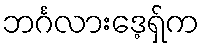
ဘင်္ဂလားဒေ့ရှ်က